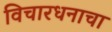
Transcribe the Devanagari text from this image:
विचारधनाचा